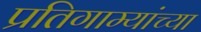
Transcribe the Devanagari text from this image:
प्रतिगाम्यांच्या